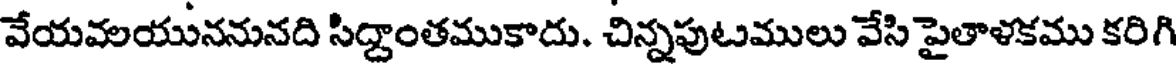
వేయవలయుననునది సిద్దాంతముకాదు. చిన్నపుటములు వేసి పైతాళకము కరిగి